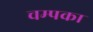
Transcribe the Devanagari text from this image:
चम्पका